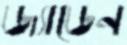
জ্যাডেন